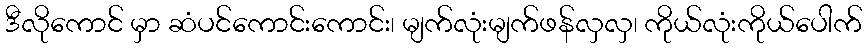
ဒီလိုကောင် မှာ ဆံပင်ကောင်းကောင်း၊ မျက်လုံးမျက်ဖန်လှလှ၊ ကိုယ်လုံးကိုယ်ပေါက်